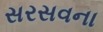
સરસવના